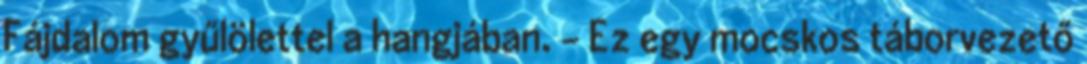
Fájdalom gyűlölettel a hangjában. - Ez egy mocskos táborvezető